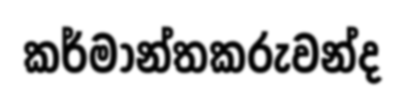
කර්මාන්තකරුවන්ද